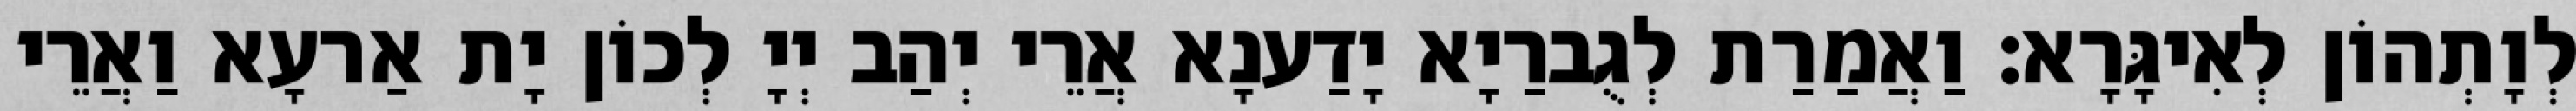
לְוָתְהוֹן לְאִיגָּרָא׃ וַאֲמַרַת לְגֻברַיָא יָדַענָא אֲרֵי יְהַב יְיָ לְכוֹן יָת אַרעָא וַאֲרֵי